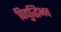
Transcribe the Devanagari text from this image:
विद्युद्धिभव